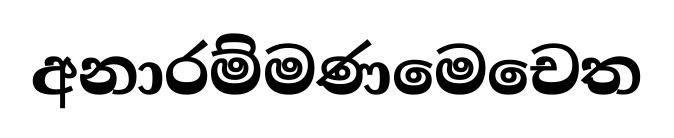
අනාරම්මණමෙචෙත